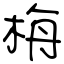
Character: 栴